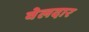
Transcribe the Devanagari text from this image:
वेलदार